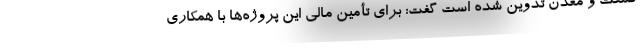
صنعت و معدن تدوین شده است گفت: برای تأمین مالی این پروژه‌ها با همکاری